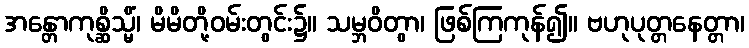
အန္တောကုစ္ဆိသ္မိံ၊ မိမိတို့ဝမ်းတွင်း၌။ သမ္ဘဝိတွာ၊ ဖြစ်ကြကုန်၍။ ဗဟုပုတ္တနေတ္တာ၊